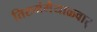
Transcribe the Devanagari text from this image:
तिरुमंगैयाळ्वार्